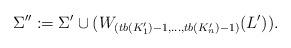
LaTeX: \begin{align*}\Sigma'' := \Sigma' \cup (W_{(tb(K'_1)-1, \dots, tb(K'_n)-1)}(L') ) .\end{align*}